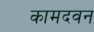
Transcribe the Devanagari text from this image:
कामदवन